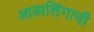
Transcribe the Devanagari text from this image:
आत्मलिंगाची